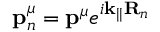
\mathbf { p } _ { n } ^ { \mu } = \mathbf { p } ^ { \mu } e ^ { i \mathbf { k } _ { | | } \mathbf { R } _ { n } }